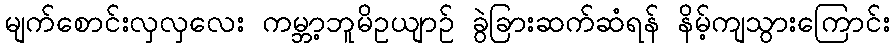
မျက်စောင်းလှလှလေး ကမ္ဘာ့ဘူမိဥယျာဉ် ခွဲခြားဆက်ဆံရန် နိမ့်ကျသွားကြောင်း